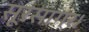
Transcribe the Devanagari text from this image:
सूरसागर।